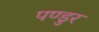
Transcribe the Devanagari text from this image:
पण्डुर